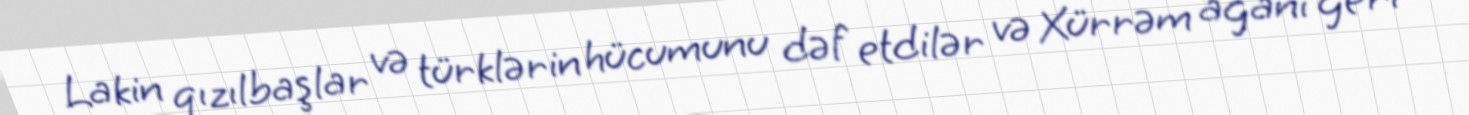
Lakin qızılbaşlar və türklərin hücumunu dəf etdilər və Xürrəm ağanı geri